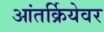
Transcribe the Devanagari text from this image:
आंतर्क्रियेवर